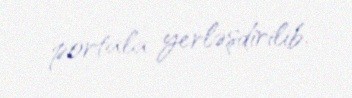
portala yerləşdirilib.